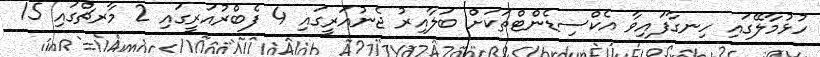
ހުޅުމާލޭގައި ހިނގާފައިވާ އެކްސިޑެންޓްތަކަށް ބަލާއިރު ޖެނުއަރީގައި 4 ފެބްރުއަރީގައި 2 މާރޗްގައި 15